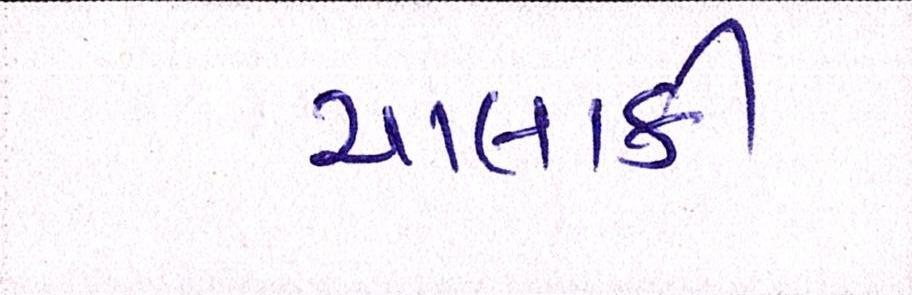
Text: ચાલાકી